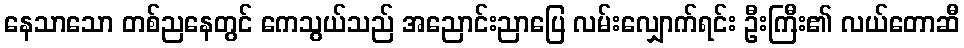
နေသာသော တစ်ညနေတွင် ကေသွယ်သည် အညောင်းညာပြေ လမ်းလျှောက်ရင်း ဦးကြီး၏ လယ်တောဆီ